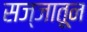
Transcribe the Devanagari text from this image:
सज्जातून